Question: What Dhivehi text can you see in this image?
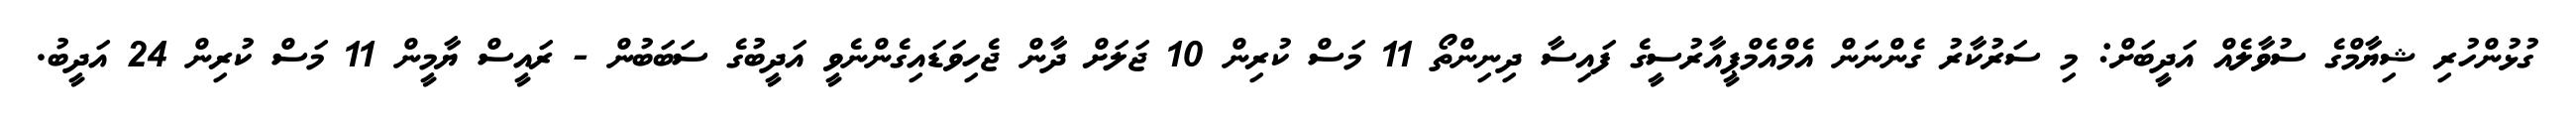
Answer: ގުޅުންހުރި ޝިޔާމްގެ ސުވާލެއް އަދީބަށް: މި ސަރުކާރު ގެންނަން އެމްއެމްޕީއާރުސީގެ ފައިސާ ދިނިންތޯ 11 މަސް ކުރިން 10 ޖަލަށް ދާން ޖެހިވަޑައިގެންނެވީ އަދީބުގެ ސަބަބުން - ރައީސް ޔާމީން 11 މަސް ކުރިން 24 އަދީބު.